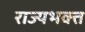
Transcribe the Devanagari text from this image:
राज्यभक्त